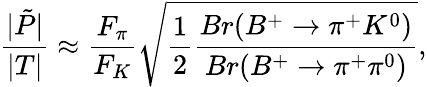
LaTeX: \frac{|\tilde{P}|}{|T|}\approx\frac{F_{\pi}}{F_{K}}\sqrt{\frac{1}{2}\frac{Br(B^{+}\to\pi^{+}K^{0})}{Br(B^{+}\to\pi^{+}\pi^{0})}},